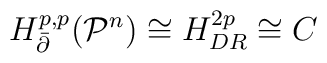
{H_{\bar \partial}^{p,p}} ({{\mathcal P}^n}) \cong {H_{DR}^{2p}} \cong C